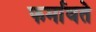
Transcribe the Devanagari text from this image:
फर्मावते